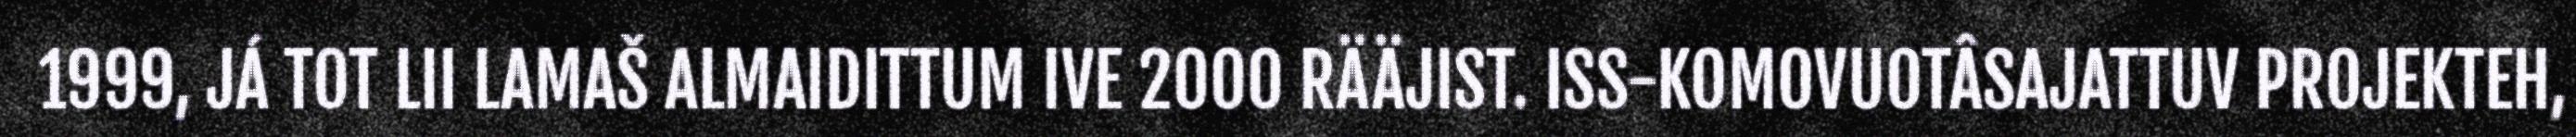
1999, JÁ TOT LII LAMAŠ ALMAIDITTUM IVE 2000 RÄÄJIST. ISS-KOMOVUOTÂSAJATTUV PROJEKTEH,